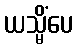
ယသ္မိံပေ